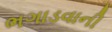
ભગાડવાની